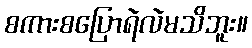
စကားစပြောရဲလဲမသိဘူး။